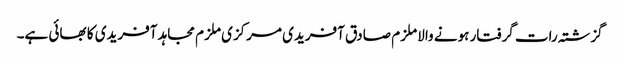
گزشتہ رات گرفتار ہونے والا ملزم صادق آفریدی مرکزی ملزم مجاہد آفریدی کا بھائی ہے۔